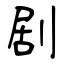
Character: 剧